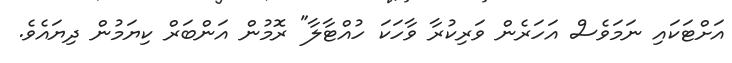
އަށްޓަކައި ނަމަވެސް އަހަރެން ވަރިކުރާ ވާހަކަ ހުއްޓާލާ" ރޮމުން އަންބަރް ކިޔަމުން ދިޔައެވެ.